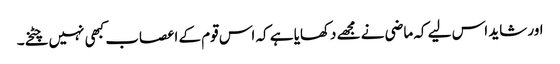
اور شاید اس لیے کہ ماضی نے مجھے دکھایا ہے کہ اس قوم کے اعصاب کبھی نہیں چٹخے۔